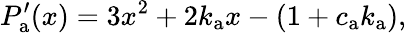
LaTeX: P_{\mathrm{a}}^{\prime}(x)=3x^{2}+2k_{\mathrm{a}}x-\left(1+c_{\mathrm{a}}k_{\mathrm{a}}\right),